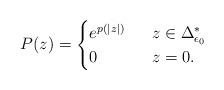
LaTeX: \begin{align*}P(z)=\begin{cases}e^{p(|z|)}&~~z\in \Delta^*_{\epsilon_0} \\0 &~~z=0.\end{cases}\end{align*}